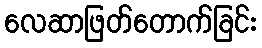
လေဆာဖြတ်တောက်ခြင်း